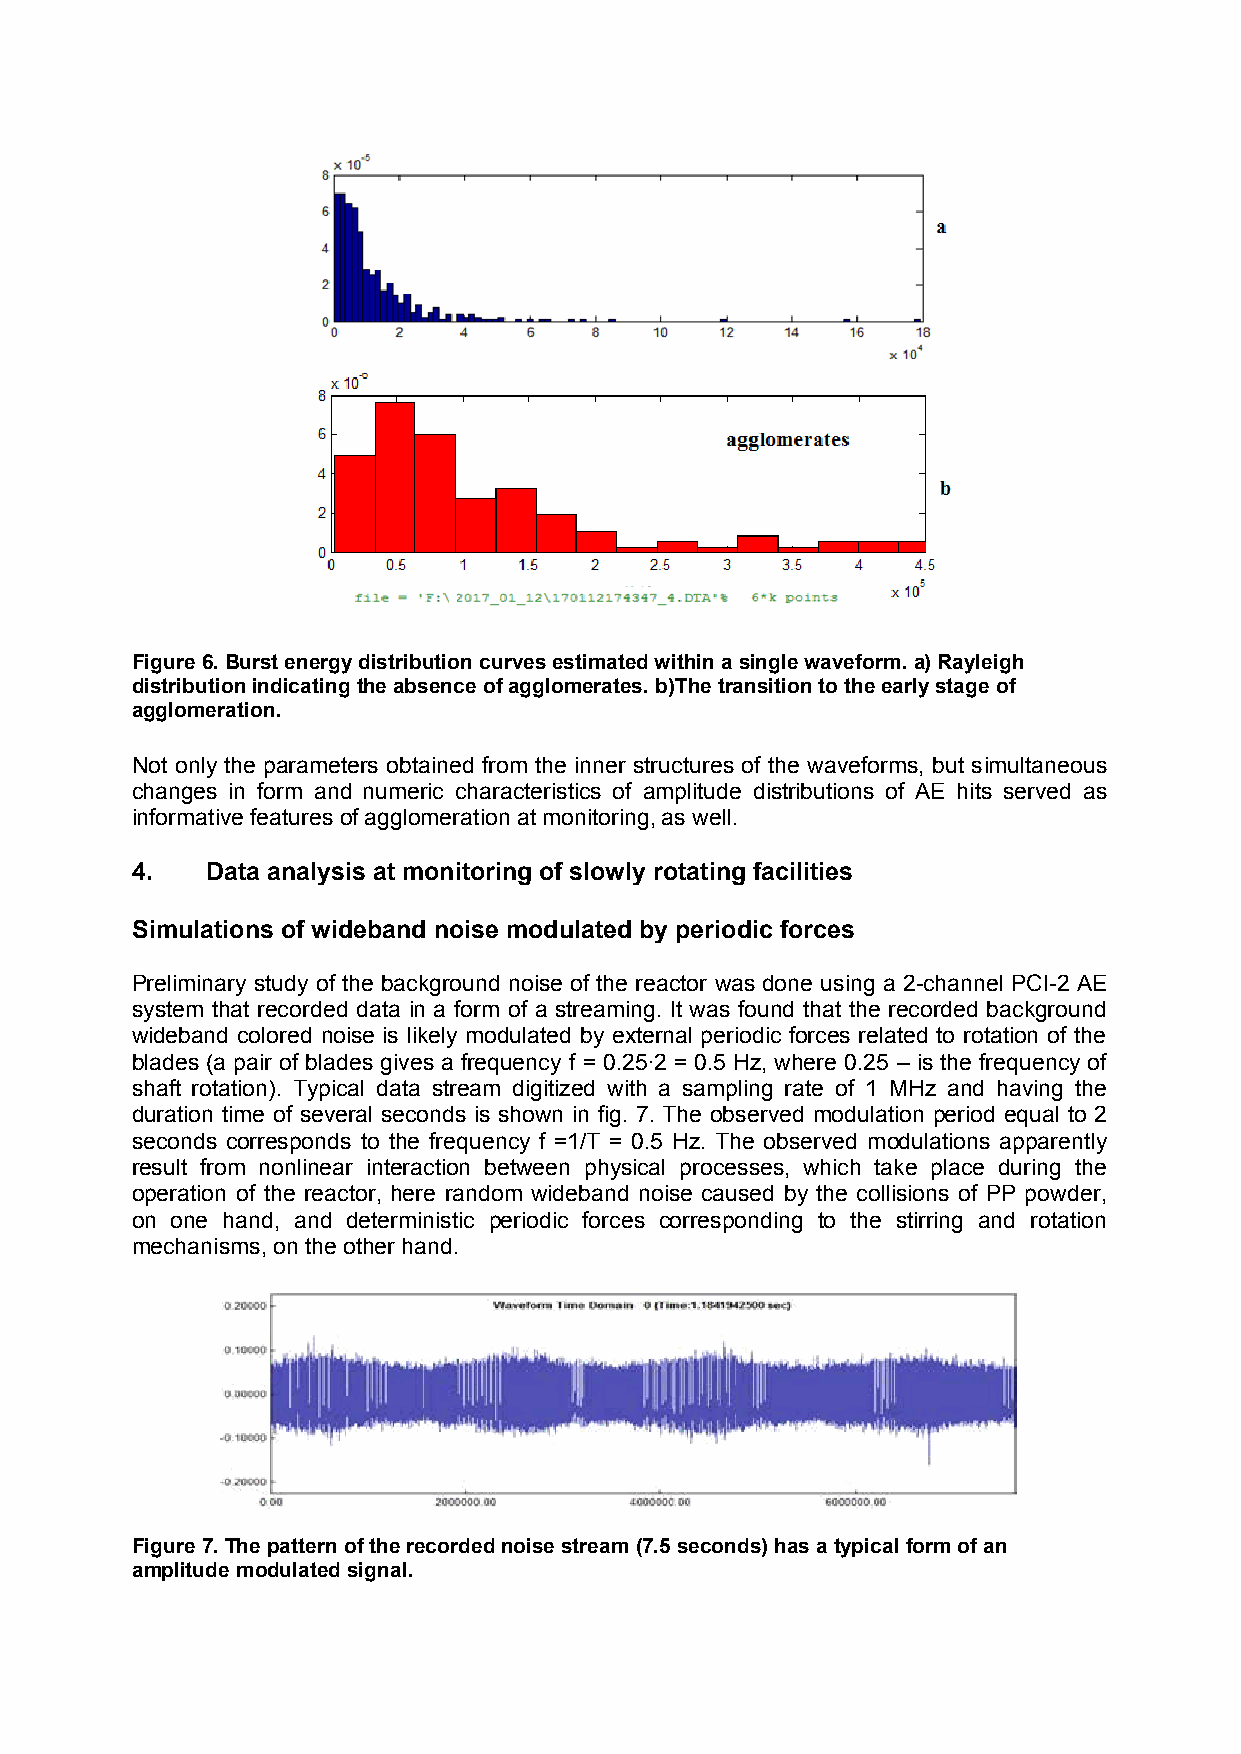
Figure 6. Burst energy distribution curves estimated within a single waveform. a) Ra yleigh
 distribution indicating the absence of agglomerat es. b)The transition to the early stage of
 agglomeration.
 Not only the parameters obtained from the inner structures of the waveforms, but simultaneous
 c hanges in form and numeric characteristics of amplitude distributions of AE hits served as
 informative features of agglomeration at monitoring, as well.
 4.   Data analysis at monitoring of slowly rotating facilities
 Simulations of wideband noise modulated by periodic forces
 Preliminary study of the background noise of the reactor was done using a 2-channel PCI-2 AE
 system that recorded data in a form of a streaming. It was found that the recorded background
 wideband colored noise is likely modulated by external periodic forces related to rotation of the
 blades (a pair of blades gives a frequency f = 0.25·2 = 0.5 Hz, where 0.25 – is the frequency of
 shaft rotation). Typical data stream digitized with a sampling rate of 1 MHz and having the
 duration time of several seconds is shown in fig. 7. The observed modulation period equal to 2
 seconds corresponds to the frequency f =1/T = 0.5 Hz. The observed modulations apparently
 result from nonlinear interaction between physical processes, which take place during the
 operation of the reactor, here random wideband noise caused by the collisions of PP powder,
 on one hand, and deterministic periodic forces corresponding to the stirring and rotation
 mechanisms, on the other hand.
 Figure 7. The pattern of the recorded noise stream (7.5 seconds) has a typical form of an
 amplitude modulated signal.